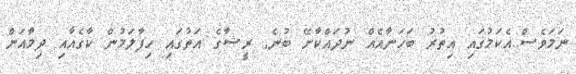
ނަމަވެސް..އެކަމުގައި އިތުރު ބަހަނާއެއް ނުދައްކާށޭ ބުނެ